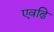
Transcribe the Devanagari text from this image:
एवढि